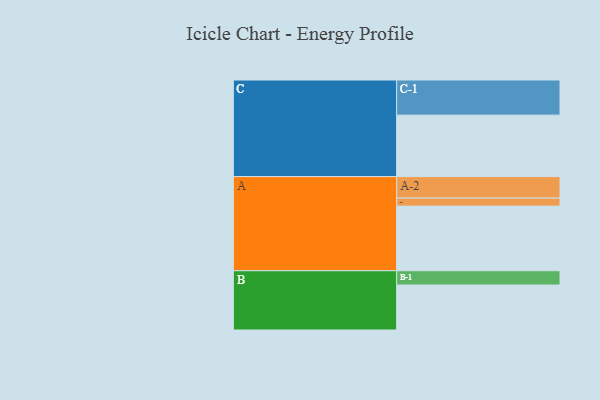
{"axis": {"x": "Segment", "y": "Value"}, "legend": ["", "A", "B", "C"], "data": [{"x": "A", "y": 493, "type": ""}, {"x": "B", "y": 343, "type": ""}, {"x": "C", "y": 469, "type": ""}, {"x": "A-1", "y": 61, "type": "A"}, {"x": "A-2", "y": 164, "type": "A"}, {"x": "B-1", "y": 109, "type": "B"}, {"x": "C-1", "y": 268, "type": "C"}]}